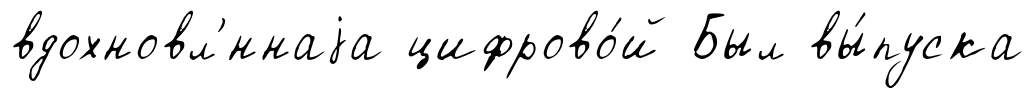
вдохновл'́ннаjа цифрово́й Был вы́пуска